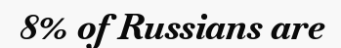
8% of Russians are